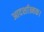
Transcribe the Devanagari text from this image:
आदर्शात्मक।